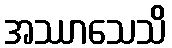
အဿာသေသိ